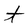
Character: t